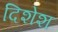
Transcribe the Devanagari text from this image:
दिशेश